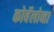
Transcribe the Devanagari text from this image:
कोर्बेलोव्हा